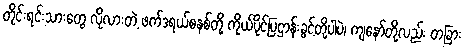
တိုင်းရင်းသားတွေ လိုလားတဲ့ ဖက်ဒရယ်စနစ်တို့ ကိုယ်ပိုင်ပြဌာန်းခွင့်တို့ပါပဲ၊ ကျနော်တို့လည်း တခြား